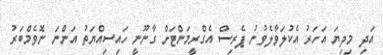
އަދި މިދިޔަ އަހަރު އެކުލަވާލެވުނު ޕެރިސް އެގްރީމަންޓަށް ގާނޫނީ ހައިސިއްޔަތު އަންނަ ނޮވެމްބަރު